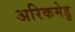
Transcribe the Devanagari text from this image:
अरिकमेडु